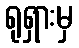
ရုရှားမှ